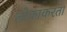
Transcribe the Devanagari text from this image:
लोकांकरता